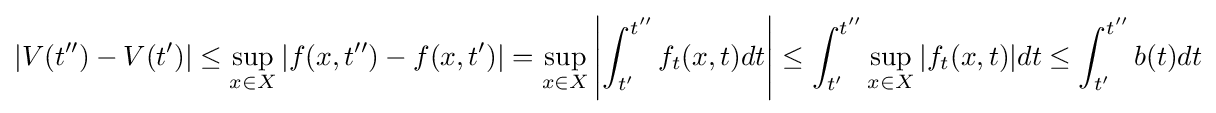
|V(t^{\prime \prime })-V(t^{\prime })|\leq \sup _{x\in X}|f(x,t^{\prime \prime })-f(x,t^{\prime })|=\sup _{x\in X}\left\vert \int _{t^{\prime }}^{t^{\prime \prime }}f_{t}(x,t)dt\right\vert \leq \int _{t^{\prime }}^{t^{\prime \prime }}\sup _{x\in X}|f_{t}(x,t)|dt\leq \int _{t^{\prime }}^{t^{\prime \prime }}b(t)dt